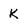
Character: k